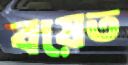
বয়েত